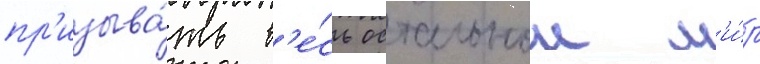
пр'изыва́ть в'е́сь остальнои м'и́р